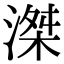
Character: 滐